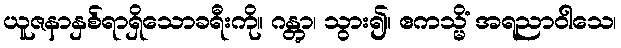
ယူဇနာနှစ်ရာရှိသောခရီးကို။ ဂန္တွာ၊ သွား၍။ ဧကသ္မိံ အရညာဝါသေ၊